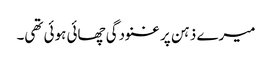
میرے ذہن پر غنودگی چھائی ہوئی تھی۔